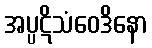
အပ္ပဋိသံဝေဒိနော